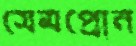
সেমপ্রোন